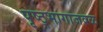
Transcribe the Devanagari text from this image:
पृष्ठ्भागाजवळ